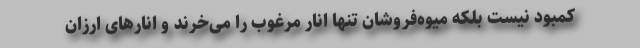
کمبود نیست بلکه میوه‌فروشان تنها انار مرغوب را می‌خرند و انارهای ارزان